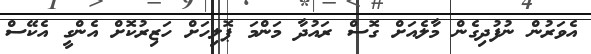
އެވަރުން ނުފުދިގެން މާލެއަށް ގޮސް ރައުދާ މަންމަ ޕޮލިހަށް ހަޒިރުކޮށް އެންގީ އެކޭސް